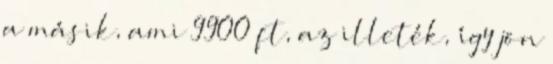
a másik, ami 9900 ft, az illeték, így jön